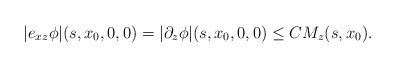
LaTeX: \begin{align*} |e_{x z} \phi| (s,x_0,0,0) = |\partial_z \phi| (s,x_0,0,0) \le C M_z (s,x_0). \end{align*}